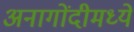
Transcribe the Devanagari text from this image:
अनागोंदीमध्ये